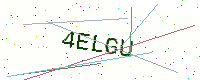
Text: 4ELGU